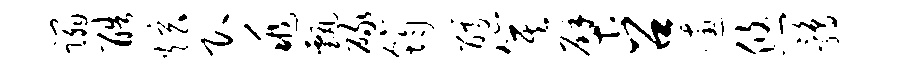
蹋酷炫即兆甄碌筠醵箕檗召逋悠鹑